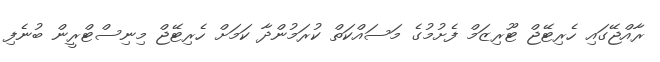
ރާއްޖޭގައި ހެރިޓޭޖް ޓޫރިޒަމް ފެށުމުގެ މަސައްކަތް ކުރަމުންދާ ކަމަށް ހެރިޓޭޖް މިނިސްޓްރީން ބުނެފި